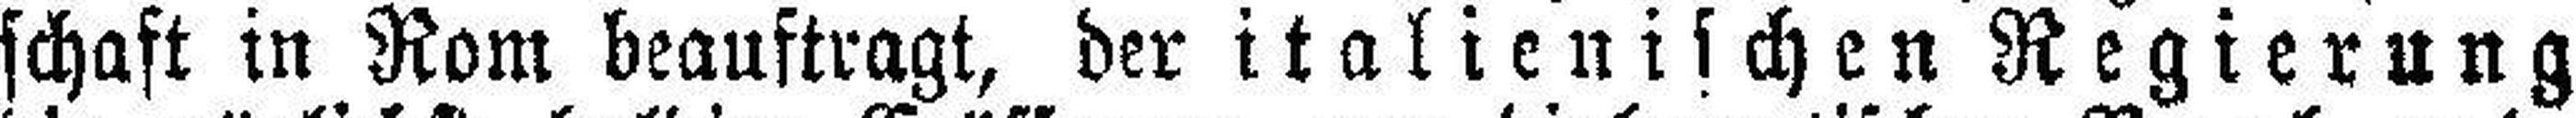
schaft in Rom beauftragt, der italienischen Regierung